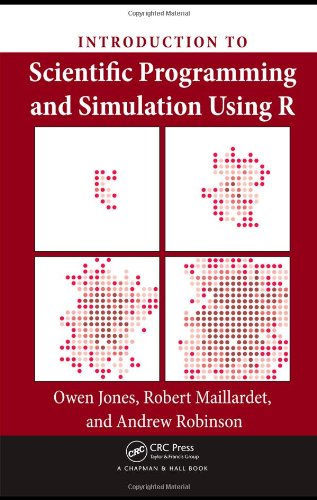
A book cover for Introduction to Scientific Programming and Simulation Using R (Chapman & Hall/CRC The R Series); Owen Jones; Science & Math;